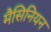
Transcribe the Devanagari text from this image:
मैसिनियन